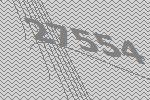
27554